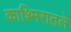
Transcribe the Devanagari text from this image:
काश्मिरातले